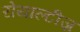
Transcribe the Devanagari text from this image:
रोयाल्टीज़